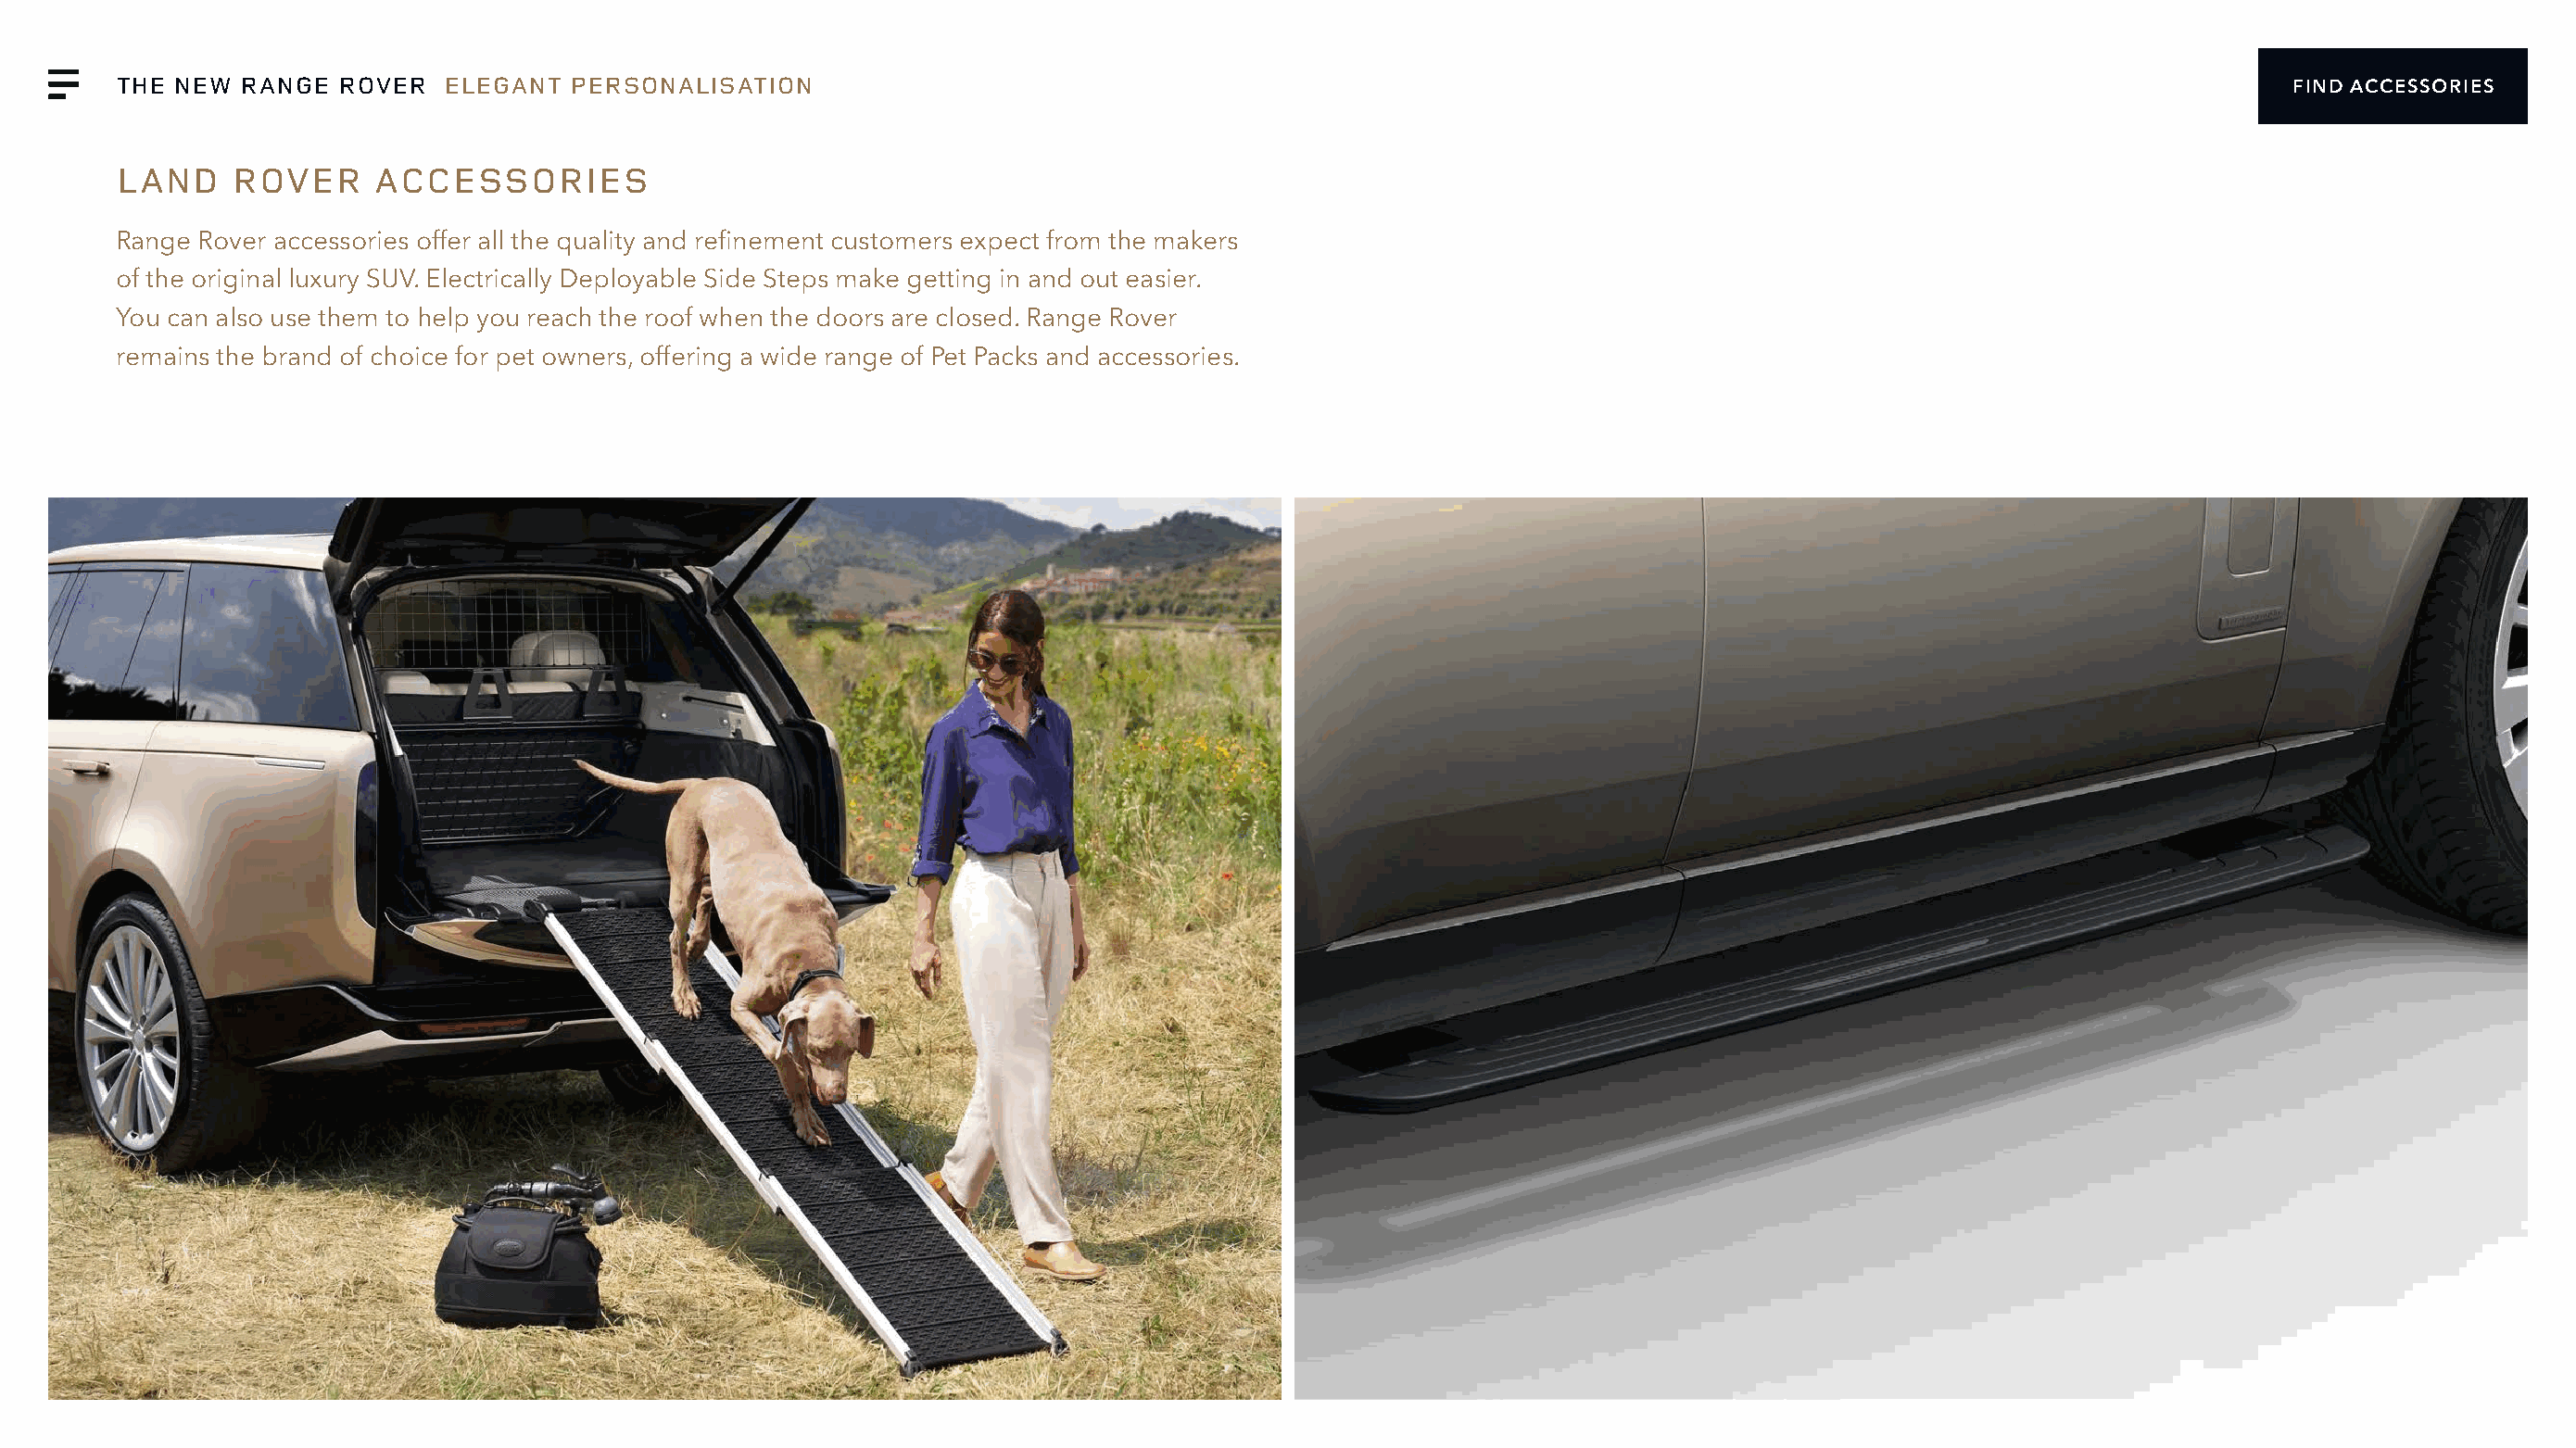
THE NEW  RANGE  ROVER   ELEGANT  PERSONALISATION                                                                                                            FIND ACCESSORIES
 LAND     ROVER     ACCESSORIES
 Range Rover accessories offer all the quality and refinement customers expect from the makers
 of the original luxury SUV. Electrically Deployable Side Steps make getting in and out easier.
 You can also use them to help you reach the roof when the doors are closed. Range Rover
 remains the brand of choice for pet owners, offering a wide range of Pet Packs and accessories.